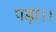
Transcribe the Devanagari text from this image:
पड़ा।।